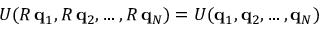
U ( R \, \mathbf { q } _ { 1 } , R \, \mathbf { q } _ { 2 } , \dots , R \, \mathbf { q } _ { N } ) = U ( \mathbf { q } _ { 1 } , \mathbf { q } _ { 2 } , \dots , \mathbf { q } _ { N } )